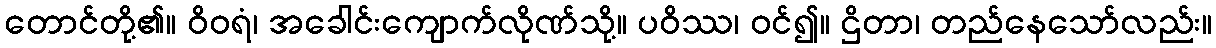
တောင်တို့၏။ ဝိဝရံ၊ အခေါင်းကျောက်လိုဏ်သို့။ ပဝိဿ၊ ဝင်၍။ ဌိတာ၊ တည်နေသော်လည်း။